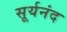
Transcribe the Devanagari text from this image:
सूर्यनंद